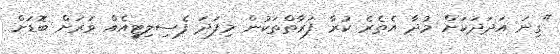
"ގިނަ އަދަދަކަށް މުދާ އެތެރެ ކުރާ ފަރާތްތަކުން މިފަދަ ފެސިލިޓީއެއް ވަރަށް ބޮޑަށް